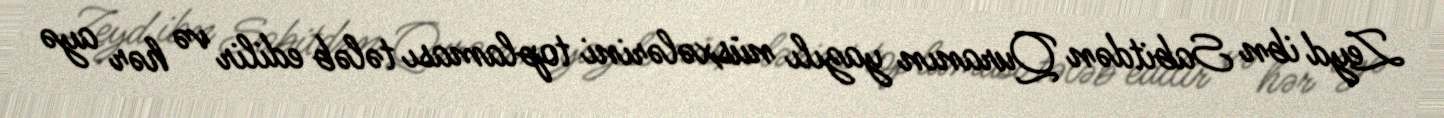
Zeyd ibn Sabitdən Quranın yazılı nüsxələrini toplaması tələb edilir və hər ayə